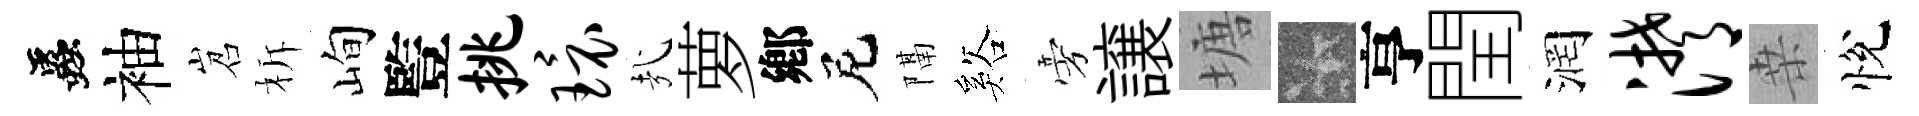
蟲袖岧柝峋䜿挑环㢤萝鄕尼隔谿旁譲塘卡亨閏润潸桒悅